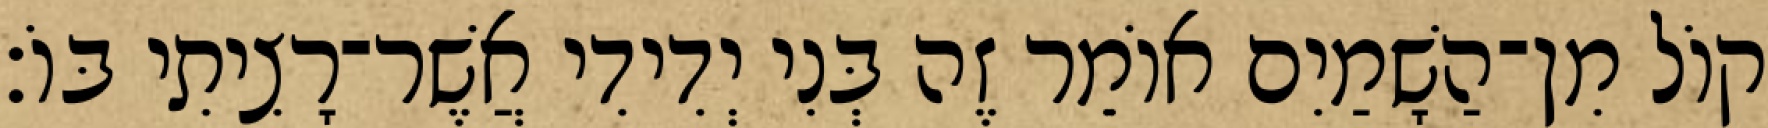
קוֹל מִן־הַשָׁמַיִם אוֹמֵר זֶה בְּנִי יְדִידִי אֲשֶׁר־רָצִיתִי בּוֹ׃